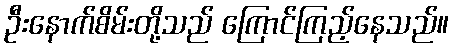
ဦးနောက်စိမ်းတို့သည် ကြောင်ကြည့်နေသည်။